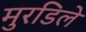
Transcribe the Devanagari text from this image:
मुरडिले